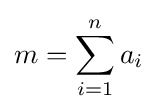
m=\sum _{i=1}^{n}a_{i}